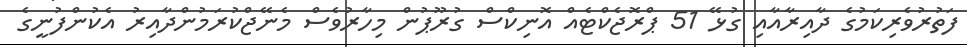
ފަތުރުވެރިކަމުގެ ދާއިރާއާއި ގުޅޭ 51 ޕްރޮޖެކްޓެއް އޮނިކްސް ގުރޫޕުން މިހާރުވެސް މެނޭޖްކުރަމުންދާއިރު އެކުންފުނީގެ